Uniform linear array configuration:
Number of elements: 12
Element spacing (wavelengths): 0.25
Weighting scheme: hann
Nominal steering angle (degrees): -15
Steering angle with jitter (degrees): -15.5
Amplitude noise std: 0.05
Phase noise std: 0.05

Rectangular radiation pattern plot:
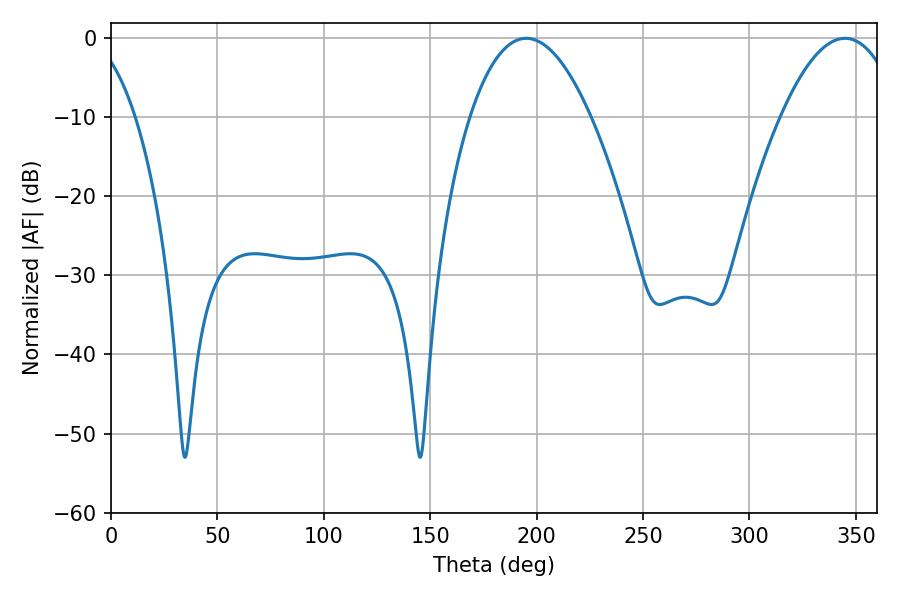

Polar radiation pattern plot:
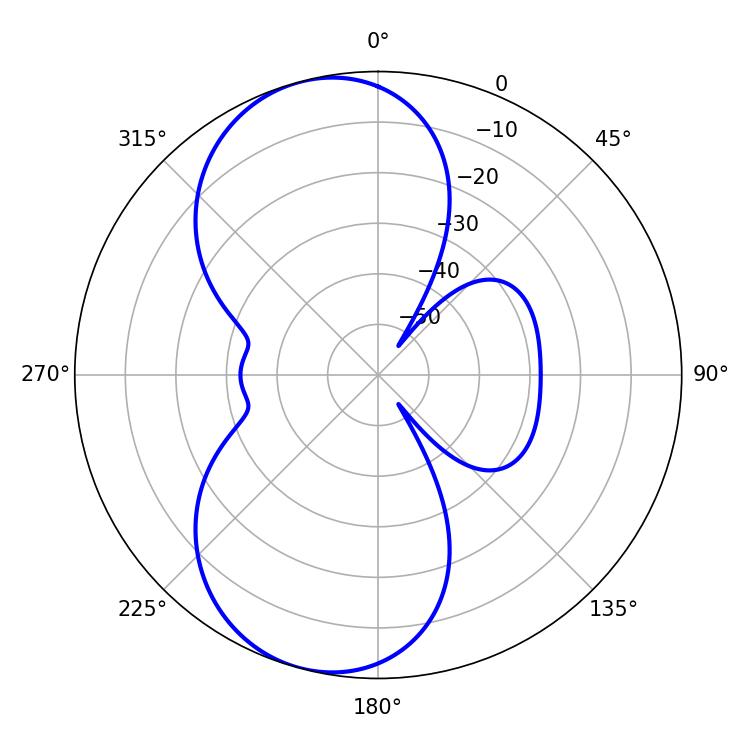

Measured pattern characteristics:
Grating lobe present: FALSE
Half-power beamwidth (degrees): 31.32
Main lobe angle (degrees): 195.12